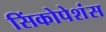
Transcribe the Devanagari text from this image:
सिंकोपेशंस